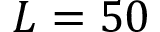
L = 5 0